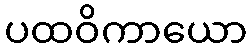
ပထဝိကာယော